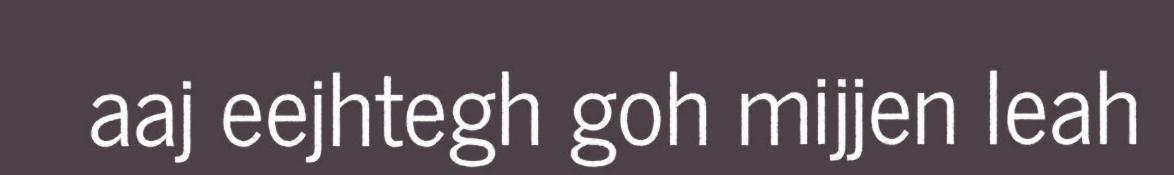
aaj eejhtegh goh mijjen leah